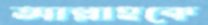
আল্লাহকে